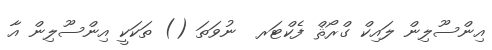
އިންސޫލިން ލައިކް ގްރޯޘް ފެކްޓަރ  ނުވަތަ () ތަކަކީ އިންސޫލިން އާ